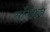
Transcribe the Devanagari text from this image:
साँगक्रन